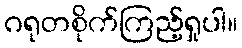
ဂရုတစိုက်ကြည့်ရှုပါ။